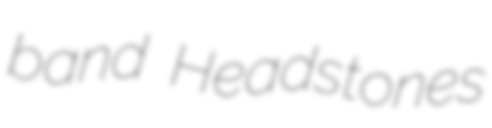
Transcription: band Headstones